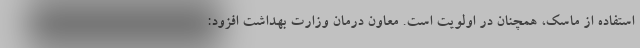
استفاده از ماسک، همچنان در اولویت است. معاون درمان وزارت بهداشت افزود: